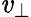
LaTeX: \mathit{v}_{\perp}